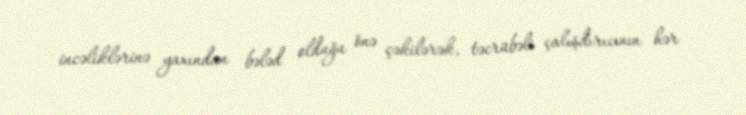
incəliklərinə yaxından bələd olduğu önə çəkilərək, təcrübəli çalışdırıcının hər